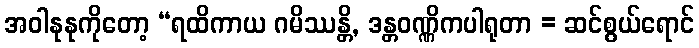
အဝါနုနုကိုတော့ “ရထိကာယ ဂမိဿန္တိ, ဒန္တဝဏ္ဏိကပါရုတာ = ဆင်စွယ်ရောင်